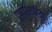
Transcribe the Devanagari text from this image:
पुष्पशकटिका